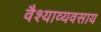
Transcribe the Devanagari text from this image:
वैश्याव्यवसाय